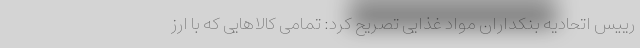
رییس اتحادیه بنکداران مواد غذایی تصریح کرد: تمامی کالاهایی که با ارز